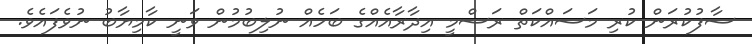
ސާފުކުރަން ކުރި މަސައްކަތް ރަސްމީ އިދާރާއެއްގެ ބަހެއް ނުލިބުމުން ވަނީ ކާމިޔާބު ނުވެފައެވެ.